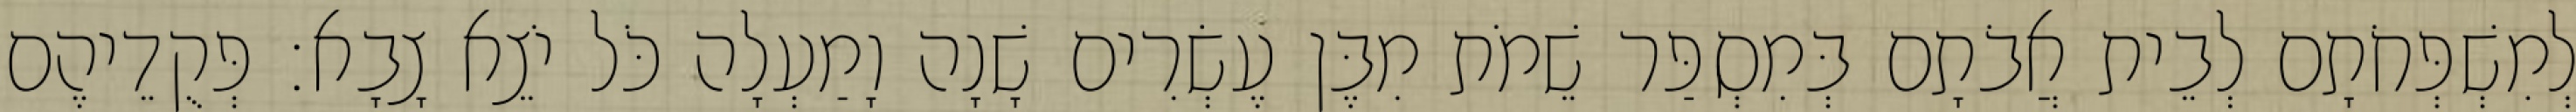
לְמִשְׁפְּחֹתָם לְבֵית אֲבֹתָם בְּמִסְפַּר שֵׁמֹת מִבֶּן עֶשְׂרִים שָׁנָה וָמַעְלָה כֹּל יֹצֵא צָבָא׃ פְּקֻדֵיהֶם